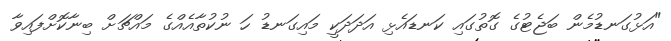
"އަޅުގަނޑުމެން ބަޖެޓުގެ ގޮތުގައި ކަނޑައެޅި އަދަދަކީ މައިގަނޑު ހަ ނުކުތާއެއްގެ މައްޗަށް ބިނާކޮށްފައިވާ